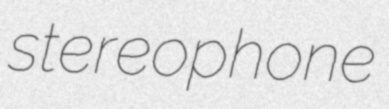
stereophone